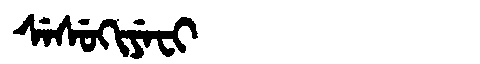
Manchu: ᠰᡝᠰᡠᡴᡳᠶᡝᠸᡳ
Romanization: SESUKIYEFI